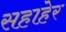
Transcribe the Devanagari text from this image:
सहाहेर